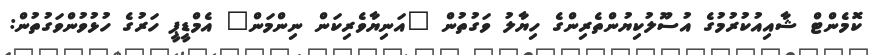
ކޮމެންޓް ޝާއިއުކުރުމުގެ އުސޫލުކިޔުންތެރިންގެ ހިޔާލު ވަގުތުން "އަނިޔާވެރިކަން ނިންމަން" އެމްޑީޕީ ހަރުގެ ހުޅުވުންވަގުތުން: